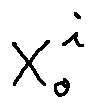
X _ { 0 } ^ { i }